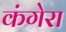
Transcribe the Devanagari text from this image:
कंगेरा